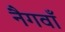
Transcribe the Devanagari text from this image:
नैगवाँ